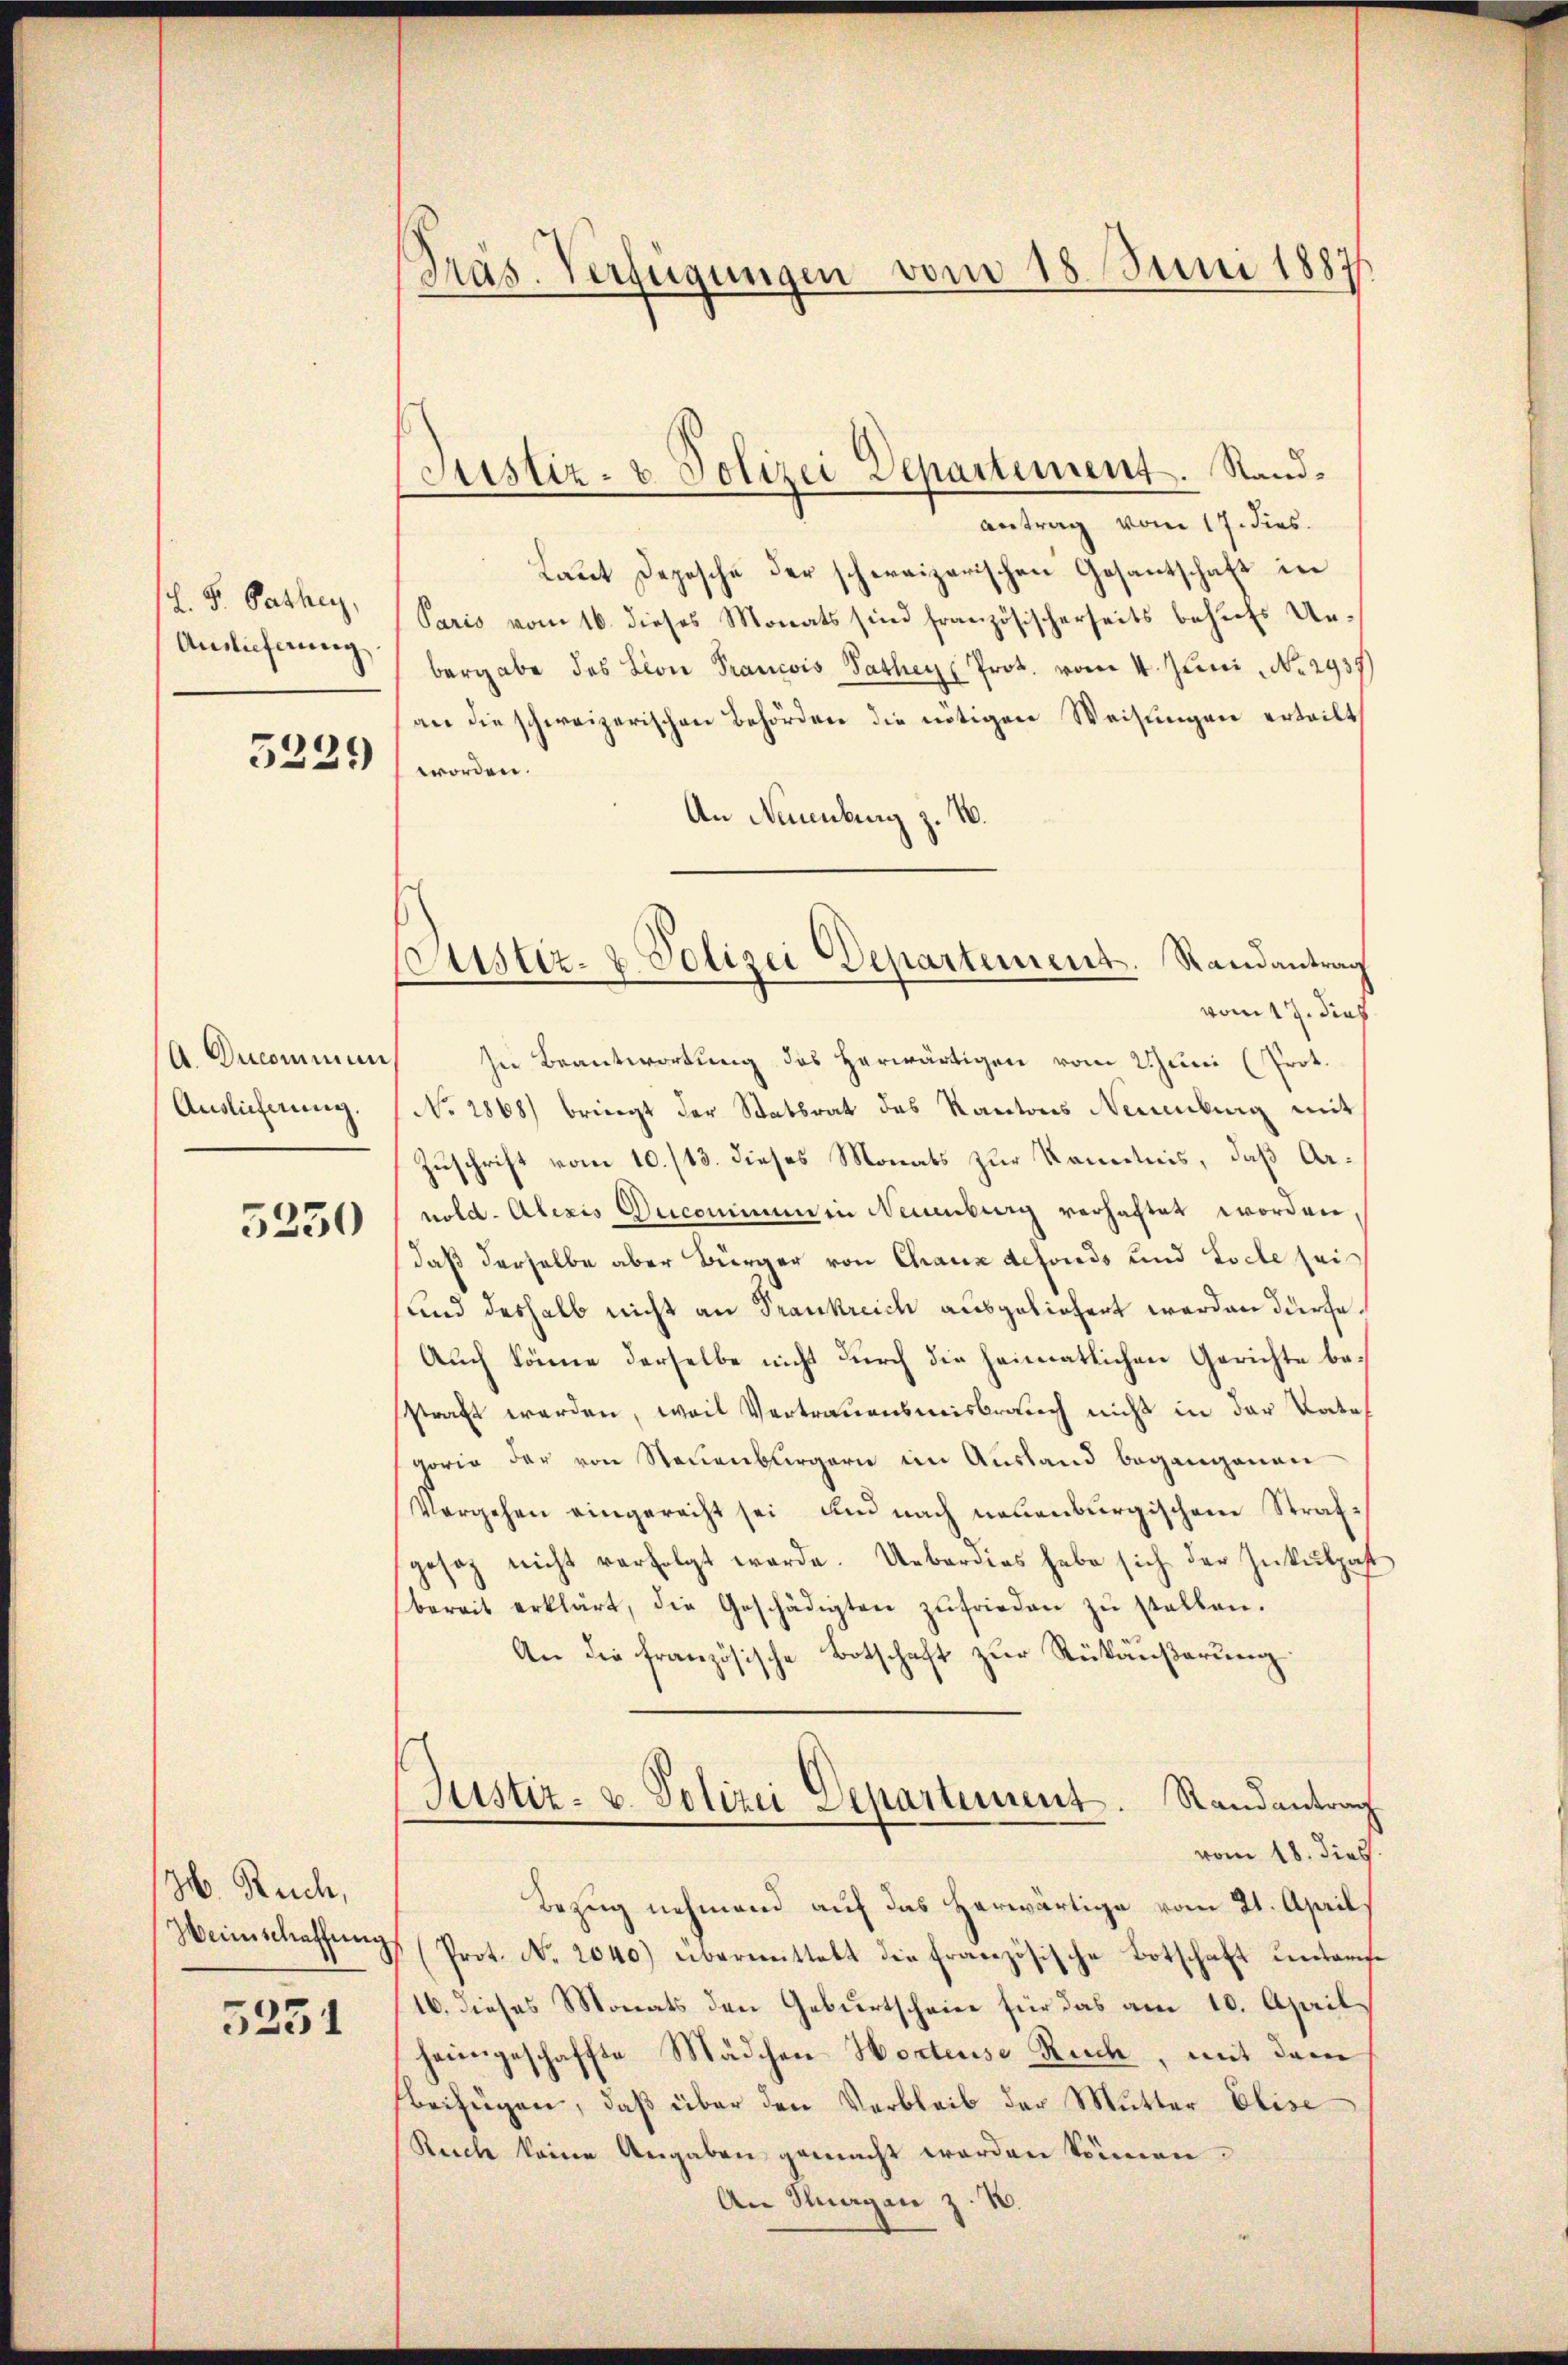
L. F. Pathe,
Auslieferung.

5229

A. Ducominun
Auslieferung.

5230

H. Ruch,
Heimschaffung

5251

Präs. Verfügungen vom 18. Juni 1887

Justiz- & Polizei Departement. Stand¬

antrag vom 17. dies
Laut Depesche der schweizerischen Gesantschaft in
Paris vom 16. dieses Monats sind französischerseits behufs Unbergabe des Lion Francois Pathes Prot. vom 4. Juni, No. 2937
an die schweizerischen Behörden die nötigen Weisungen erteilt,
worden.
An Neuenburg z. B.
vom 17. dies
In Beantwortung des herwärtigen vom Juni (Prot.
No 2868) bringt der Statsrat des Kantons Neuenburg mit
Zuschrift vom 10./13. dieses Monats zur Kenntnis, daß Arnold. Alexis Decommen in Neuenburg verhaftet worden,
daß derselbe aber Bürger von Chaux defonds und Loche sei
und deshalb nicht an Frankreich ausgeliefert werden dürfe.
Auch könne derselbe nicht durch die heimatlichen Gerichte bestraft werden, weil Vertrauensmisbrauch nicht in der Vate
gorie der von Neuenburgern im Ausland begangenen
Vergehen eingerecht sei und nach neuenburgischem Strafgesez nicht verfolgt werde. Ueberdies habe sich der Inkulpast
bereit erklärt, die Geschädigten zufrieden zŭ stellen.
An die französische Botschaft zur Rückäußerung
Justiz- u. Polizei Separtement. Randantrag
vom 18. dies
Bezug nehmend auf das herwärtige vom 21. April
Prot. N. 2040) übermittelt die Französische Botschaft unterse
16. dieses Monats den Geburtscheine für das am 10. April
heimgeschaffte Mädchen Hortenso Ruch, mit dem
beifügen, daß über den Verbleib der Mutter Elise
Reiche keine Angaben gemacht werden können.
An Hagen z. B.

ustiz- & Polizei Departement. Randantrag